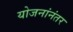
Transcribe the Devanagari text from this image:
योजनांनंतर